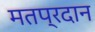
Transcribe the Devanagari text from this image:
मतप्रदान